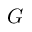
G